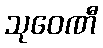
သုဝေဏီ